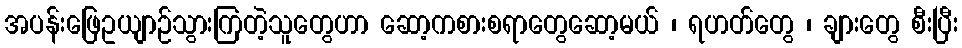
အပန်းဖြေဥယျာဉ်သွားကြတဲ့သူတွေဟာ ဆော့ကစားစရာတွေဆော့မယ် ၊ ရဟတ်တွေ ၊ ချားတွေ စီးပြီး